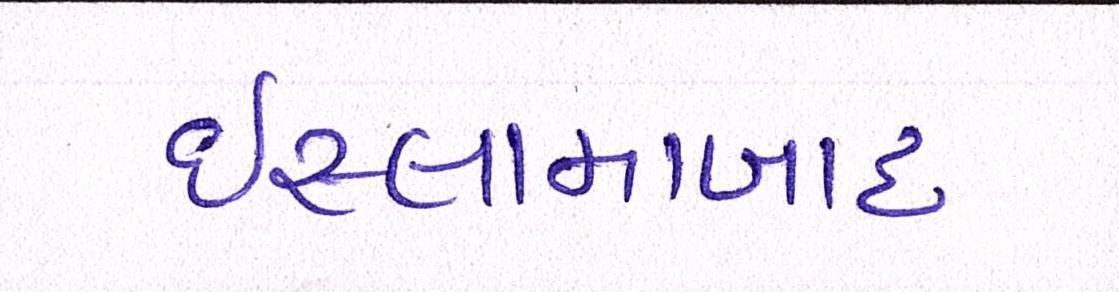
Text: ઇસ્લામાબાદ